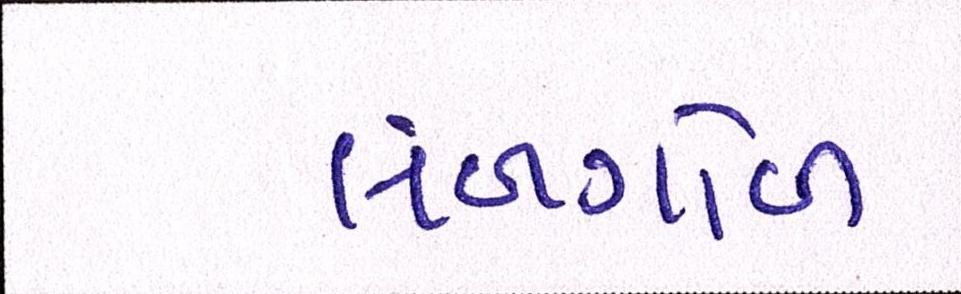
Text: લંબગોળ